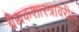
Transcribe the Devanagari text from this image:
वैद्यकशास्त्रावरील